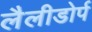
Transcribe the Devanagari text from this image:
लैलीडोर्प